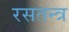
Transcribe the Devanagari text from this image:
रसतन्त्र